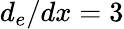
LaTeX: d_{e}/dx=3